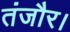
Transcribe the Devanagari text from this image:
तंजौर।